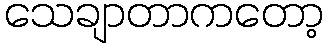
သေချာတာကတော့